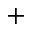
^ +